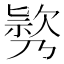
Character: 𣤃